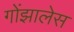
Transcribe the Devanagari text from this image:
गोंझालेस